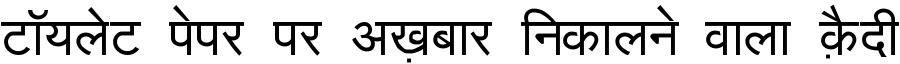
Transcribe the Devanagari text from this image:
टॉयलेट पेपर पर अख़बार निकालने वाला क़ैदी